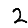
Digit: 2